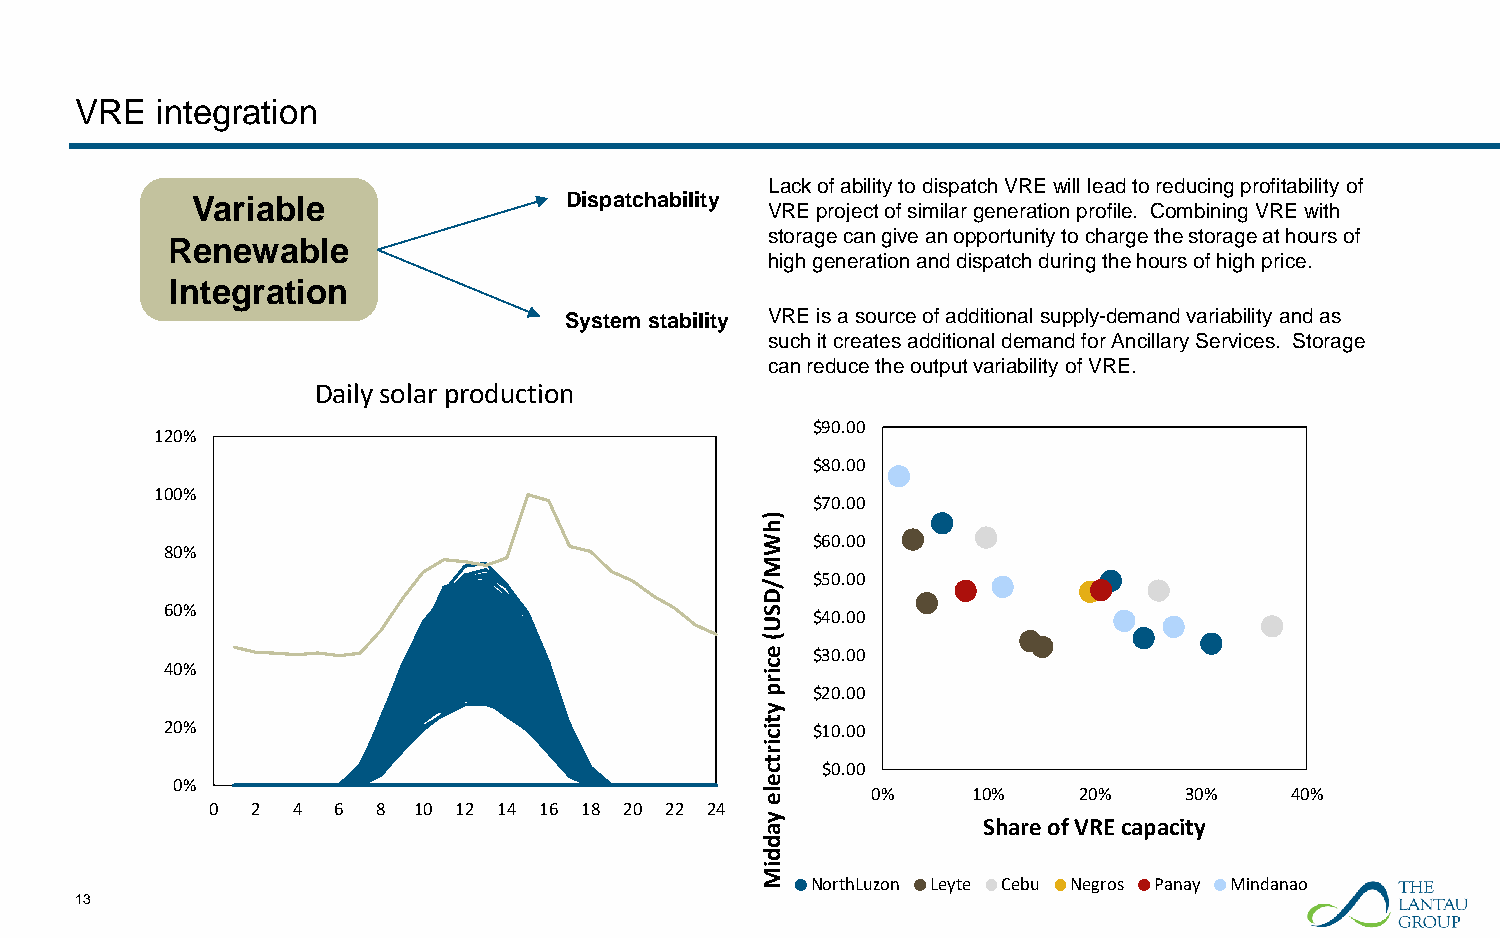
VRE  integration
 Lack of ability to dispatch VRE will lead to reducing profitability of
 Variable                Dispatchability
 VRE project of similar generation profile. Combining VRE with
 storage can give an opportunity to charge the storage at hours of
 Renewable
 high generation and dispatch during the hours of high price.
 Integration
 System stability VRE is a source of additional supply-demand variability and as
 such it creates additional demand for Ancillary Services. Storage
 can reduce the output variability of VRE.
 Daily solar production
 $90.00
 120%
 $80.00
 100%
 $70.00
 )
 h
 W   $60.00
 80%
 M
 /   $50.00
 D
 60%                                    S   $40.00
 U
 (
 e   $30.00
 40%                                    c
 ir
 p   $20.00
 y
 20%                                    t ic $10.00
 ir
 t
 c   $0.00
 0%                                     e
 le      0%    10%    20%    30%    40%
 0  2 4  6  8 10 12 14 16 18 20 22 24
 y a            Share of VRE capacity
 d
 d
 iM
 NorthLuzon Leyte Cebu Negros Panay Mindanao
 13